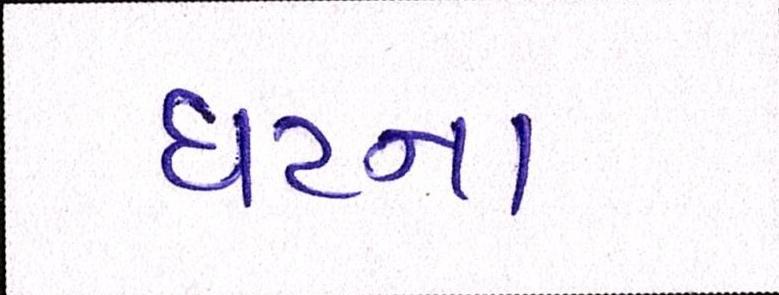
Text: ઘટના